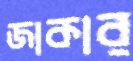
জাকার